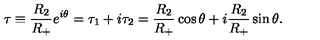
\tau \equiv \frac { R _ { 2 } } { R _ { + } } e ^ { i \theta } = \tau _ { 1 } + i \tau _ { 2 } = \frac { R _ { 2 } } { R _ { + } } \cos \theta + i \frac { R _ { 2 } } { R _ { + } } \sin \theta .